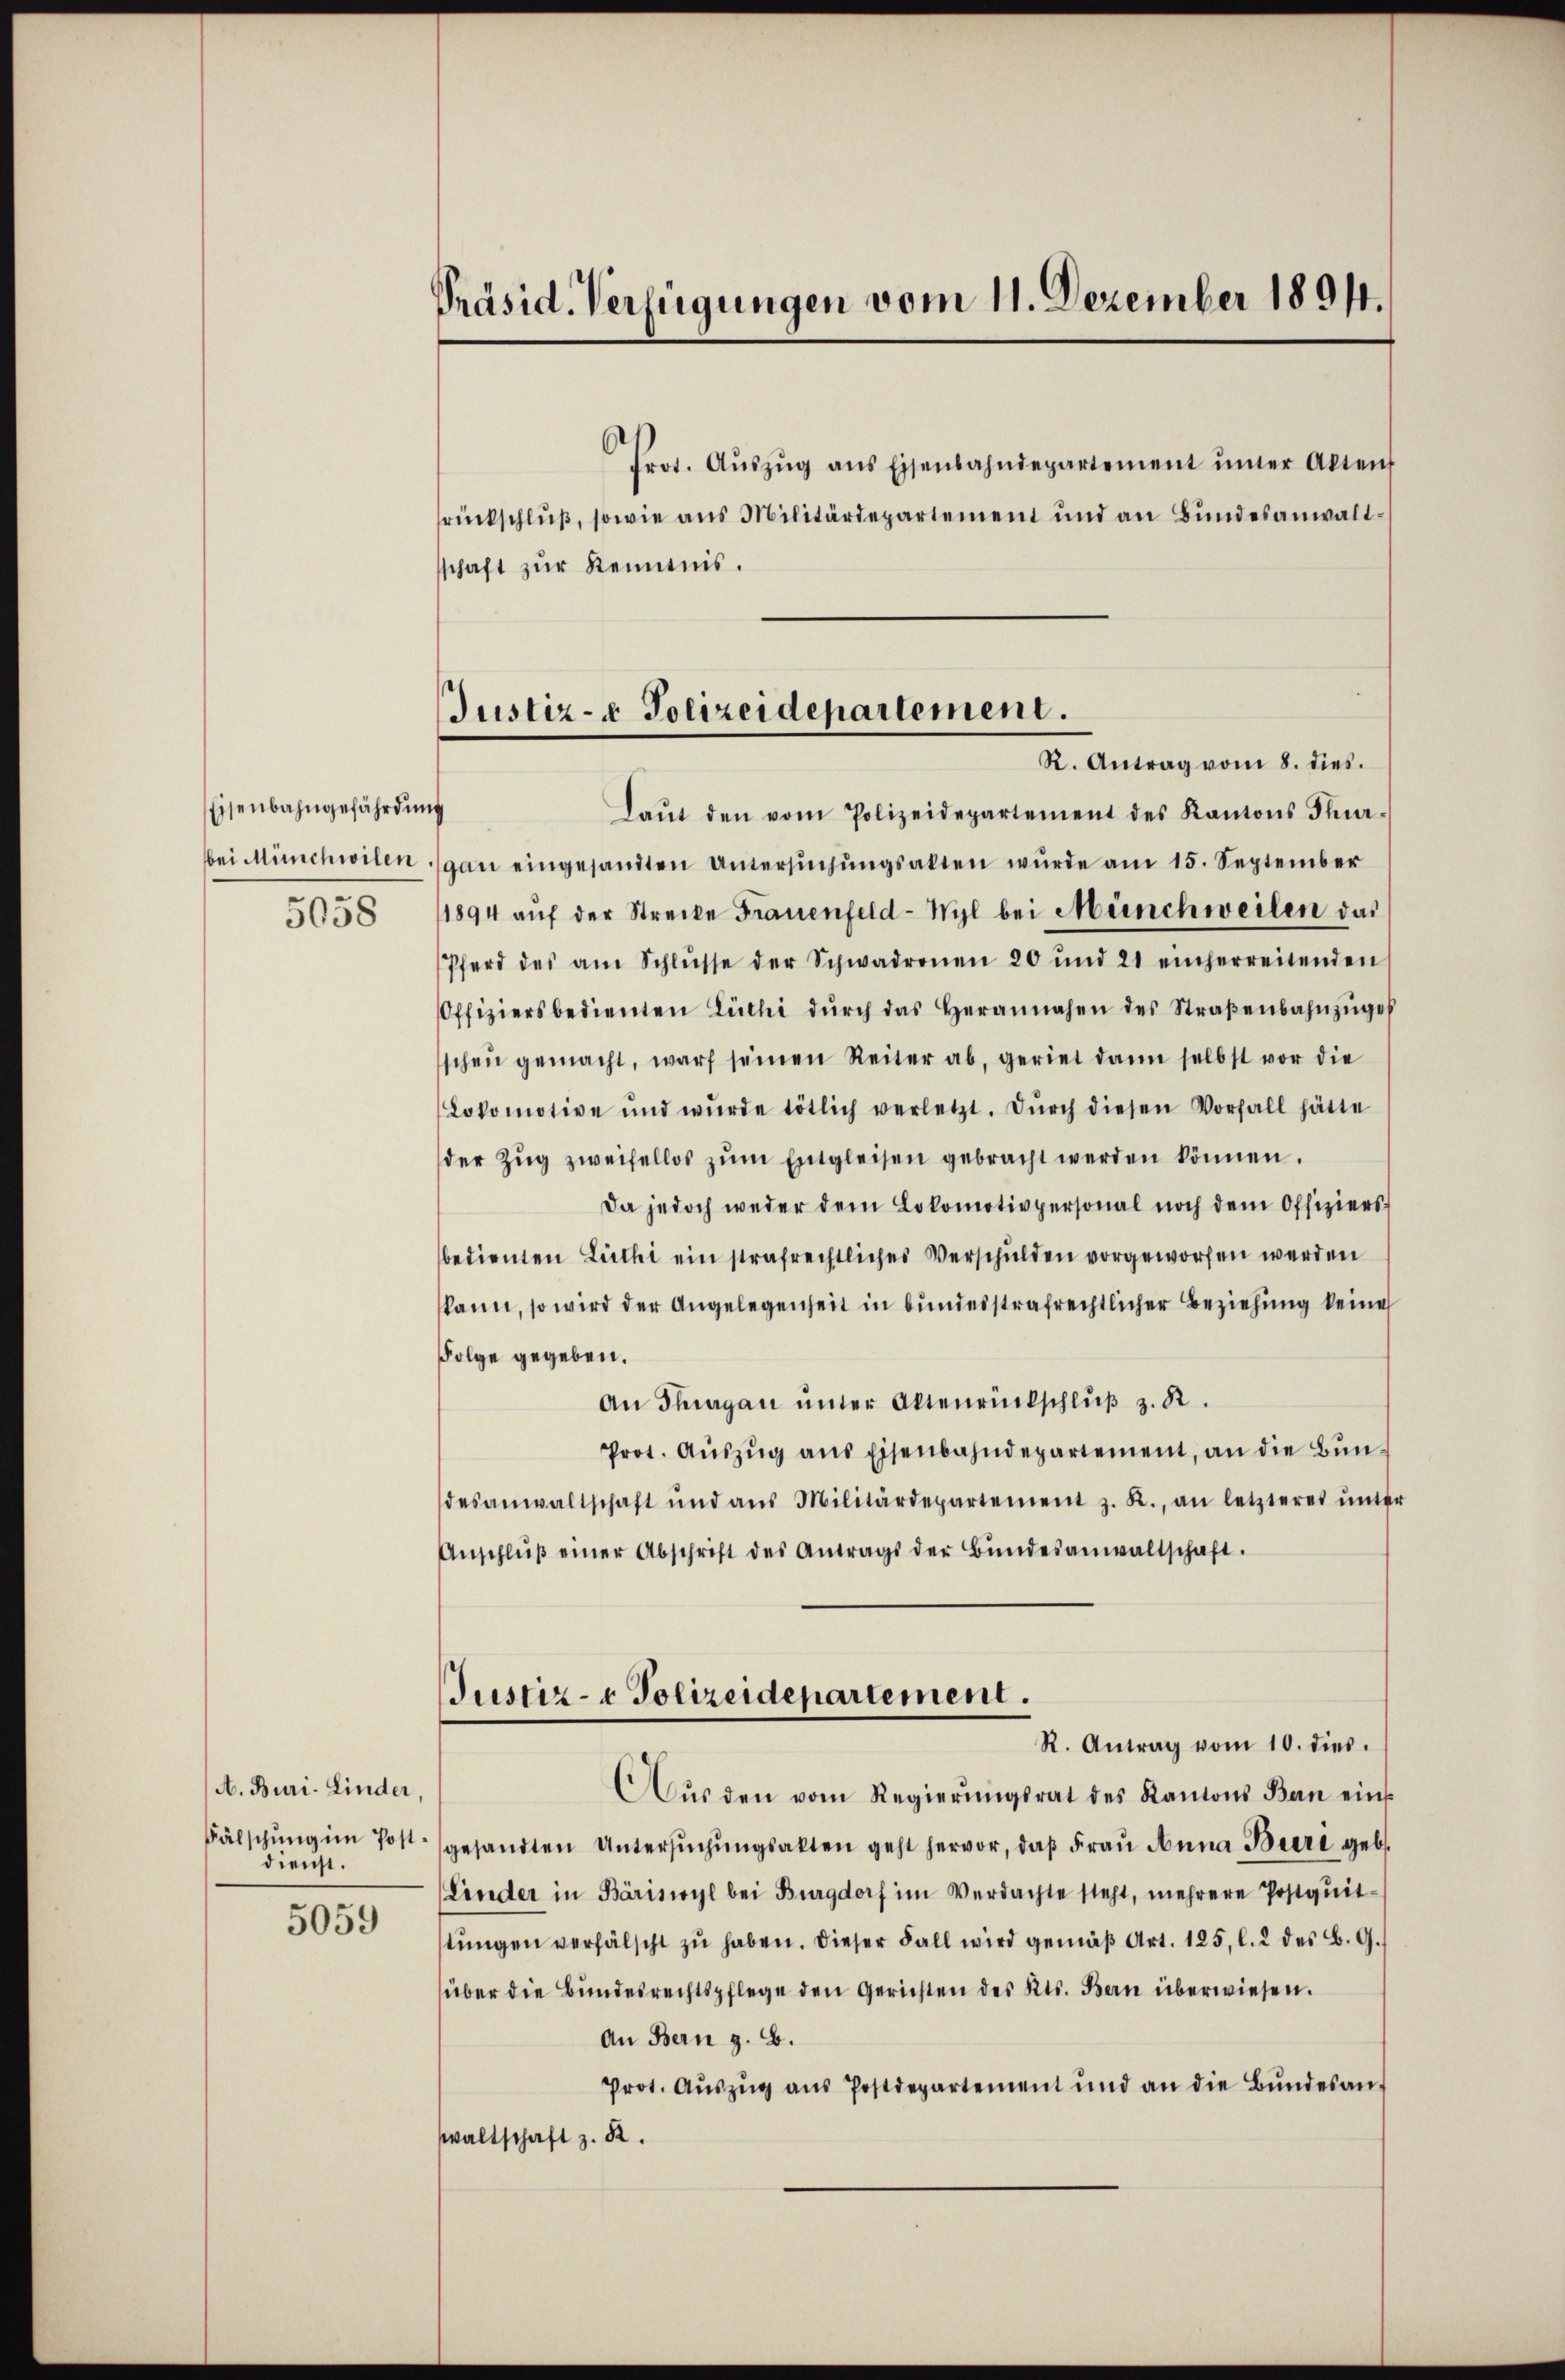
Eisenbahngefährdung
5058

A. Buri-Linder,
dienst.
5059

Präsid. Verfügungen vom 11. Dezember 1894.

Justiz- & Polizeidepartement.
R. Antrag vom 8. dies.

Prot. Aŭszŭg ans Eisenbahndepartement unter Akten
rückschlŭβ, sowie aus Militärdepartement und an Bŭndesanwaltschaft zŭr Kenntnis.
Laŭt den vom Polizeidepartement des Kantons Thur-
bei Münchwilen gan eingesandten Untersŭchŭngsakten wŭrde am 15. September
1894 aŭf der Strecke Frauenfeld-Wyl bei Münchweilen das
Pferd des am Schlŭsse der Schwadronen 20 und 21 einherreitenden
Offiziersbedienten Lüchi dŭrch das Herannahen des Straβenbahnzŭgeh
schen gemacht, warf seinen Reiter ab, geriet dann selbst vor die
Lokomotive und wurde tötlich verletzt. Dŭrch diesen Vorfall hätte
der Zŭg zweifellos zŭm Entgleisen gebracht werden können.
Da jedoch weder dem Lokomotivpersonal noch dem Offiziers
bedienten Lüthi ein strafrechtliches Verschulden vorgeworfen werden
kann, so wird der Angelegenheit in bundesstrafrechtlicher Beziehung keine
Folge gegeben.
An Thurgau ŭnter Altenrikschlŭβ z. B.
Prot. Aŭszŭg ans Eisenbahndepartement, an die Bŭn-
desanwaltschaft und aus Militärdepartement z. R., an letzteres ŭnter
Anschlŭβ einer Abschrift des Antrags der Bŭndesanwaltschaft.
Justiz- & Polizeidepartement.
R. Antrag vom 10. dies.
Aŭs den vom Regierŭngsrat des Kantons Bau eins
Fälschŭng im Post gesandten Untersŭchŭngsakten geht hervor, daβ Frau Anna Buri geb.
(Linder in Bäriswyl bei Burgdorf im Verdachte steht, mehrere Postqŭit-
stŭngen verfälscht zŭ haben. Dieser Fall wird gemäβ Art. 125, l. 2 des B. G.
über die Bundesrechtspflege den Gerichten des Kts. Bern überwiesen.
An Bern z. B.
Prot. Aŭszŭg aŭs Postdepartement und an die Bŭndesan-
waltschaft z. B.